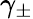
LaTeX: \gamma_{\pm}